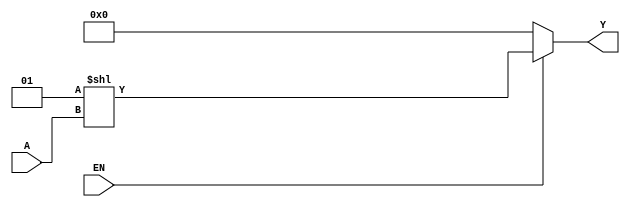
module Vr_HW2_N_to_S_dec(A, EN, Y);
  parameter N=3, S=8;
  input [N-1:0] A;
  input EN;
  output reg[S-1:0] Y;

assign Y = (EN == 1) ? (2**A) : 0;
  /* Implementation 2: 
     You need to design a parameterizable N-to-S binary decoder.
     E.g., when N=3 and S=8, it is a 3-to-8 binary decoder. */ 
  
endmodule